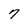
Character: 7